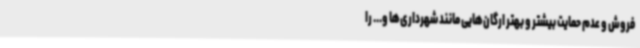
فروش و عدم حمایت بیشتر و بهتر ارگان‌هایی مانند شهرداری‌ها و... را